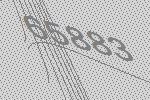
65883